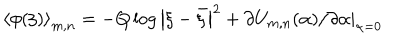
\left\langle \phi ( \xi ) \right\rangle _ { m , n } = - Q \log \left| \xi - \bar { \xi } \right| ^ { 2 } + \left. \partial U _ { m , n } ( \alpha ) / \partial \alpha \right| _ { \alpha = 0 }